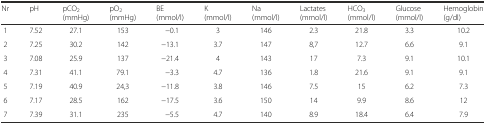
| Nr | pH | pCO2 (mmHg) | pO2 (mmHg) | BE (mmol/l) | K (mmol/l) | Na (mmol/l) | Lactates (mmol/l) | HCO3 (mmol/l) | Glucose (mmol/l) | Hemoglobin (g/dl) |
 | --- | --- | --- | --- | --- | --- | --- | --- | --- | --- | --- |
 | 1 | 7.52 | 27.1 | 153 | −0.1 | 3 | 146 | 2.3 | 21.8 | 3.3 | 10.2 |
 | 2 | 7.25 | 30.2 | 142 | −13.1 | 3.7 | 147 | 8,7 | 12.7 | 6.6 | 9.1 |
 | 3 | 7.08 | 25.9 | 137 | −21.4 | 4 | 143 | 17 | 7.3 | 9.1 | 10.1 |
 | 4 | 7.31 | 41.1 | 79.1 | −3.3 | 4.7 | 136 | 1.8 | 21.6 | 9.1 | 9.1 |
 | 5 | 7.19 | 40.9 | 24,3 | −11.8 | 3.8 | 146 | 7.5 | 15 | 6.2 | 7.3 |
 | 6 | 7.17 | 28.5 | 162 | −17.5 | 3.6 | 150 | 14 | 9.9 | 8.6 | 12 |
 | 7 | 7.39 | 31.1 | 235 | −5.5 | 4.7 | 140 | 8.9 | 18.4 | 6.4 | 7.9 |